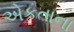
એકતાના